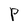
Character: P